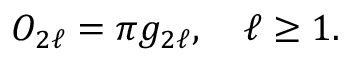
O _ { 2 \ell } = \pi g _ { 2 \ell } , \quad \ell \ge 1 .